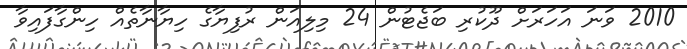
2010 ވަނަ އަހަރަށް ދޫކުރި ބަޖެޓުން 24 މިލިއަން ރުފިޔާގެ ހިޔާނާތެއް ހިންގާފައިވާ